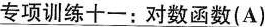
专项训练十一：对数函数(A）